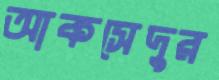
আকসেদুর